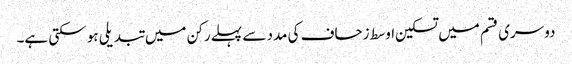
دوسری قسم میں تسکین اوسط زحاف کی مدد سے پہلے رکن میں تبدیلی ہو سکتی ہے۔